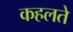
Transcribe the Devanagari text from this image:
कहलते